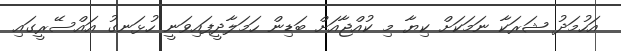
އަހުމަދު ޝަރަކާ ނަމަކަށް ކިޔާ މި ކުއްޖާއަށް ބަޑިން ހަމަލާދީފައިވަނީ ހުޅަނގު އައްސޭރީގައި